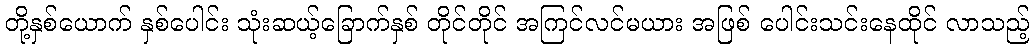
တို့နှစ်ယောက် နှစ်ပေါင်း သုံးဆယ့်ခြောက်နှစ် တိုင်တိုင် အကြင်လင်မယား အဖြစ် ပေါင်းသင်းနေထိုင် လာသည့်